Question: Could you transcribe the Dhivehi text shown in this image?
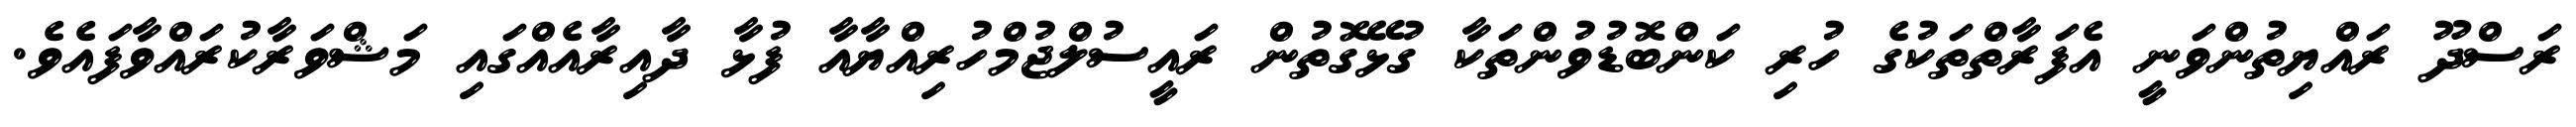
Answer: ރަސްދޫ ރައްޔިތުންވަނީ އެފަރާތްތަކުގެ ހުރި ކަންބޮޑުވުންތަކާ ގުޅޭގޮތުން ރައީސުލްޖުމްހުރިއްޔާއާ ފުޅާ ދާއިރާއެއްގައި މަޝްވަރާކުރައްވާފައެވެ.